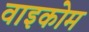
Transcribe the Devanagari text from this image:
वाइकोम